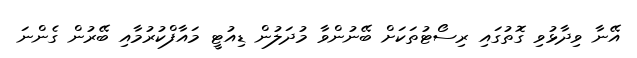
އޭނާ ވިދާޅުވި ގޮތުގައި ރިސޯޓުތަކަށް ބޭނުންވާ މުދަލުން ޑިއުޓީ މައާފްކުރުމާއި ބޭރުން ގެންނަ